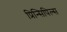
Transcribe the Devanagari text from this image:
प्रिन्सिपिल्स